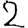
Digit: 2